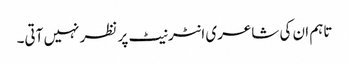
تاہم ان کی شاعری انٹرنیٹ پر نظر نہیں آتی۔